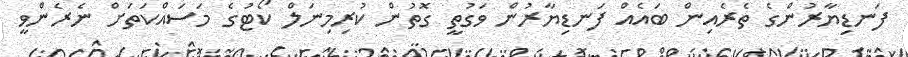
ފަނޑިޔާރުންގެ ތެރެއިން ބައެއް ފަނޑިޔާރުން ވަގުތީ ގޮތުން ކުރިމިނަލް ކޯޓުގެ މަސައްކަތަށް ނެރެންވީ